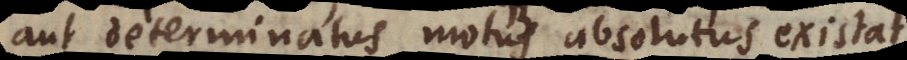
aut determinatus motus absolutus existat